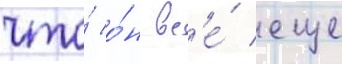
что́ о́н вс'е́ еще